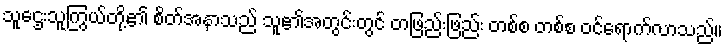
သူဌေးသူကြွယ်တို့၏ စိတ်အနာသည် သူ၏အတွင်းတွင် တဖြည်းဖြည်း တစ်စ တစ်စ ဝင်ရောက်လာသည်။